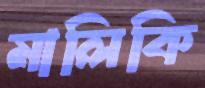
মালিকি